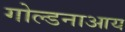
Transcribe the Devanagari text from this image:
गोल्डनाआय